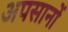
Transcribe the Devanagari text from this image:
अपसानों